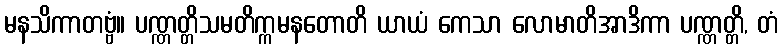
မနသိကာတဗ္ဗံ။ ပဏ္ဏတ္တိသမတိက္ကမနတောတိ ယာယံ ကေသာ လောမာတိအာဒိကာ ပဏ္ဏတ္တိ, တံ